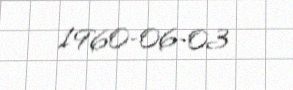
1960-06-03